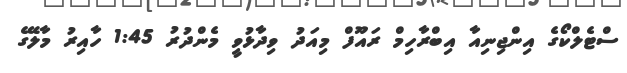
ސްޓެލްކޯގެ އިންޖިނިއާ އިބްރާހިމް ރައޫފް މިއަދު ވިދާޅުވީ މެންދުރު 1:45 ހާއިރު މާލޭގެ